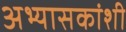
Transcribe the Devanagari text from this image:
अभ्यासकांशी